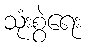
သုံးစွဲရေး